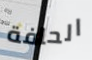
الحافة